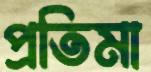
প্রতিমা